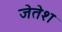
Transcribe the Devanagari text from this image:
जेतेश